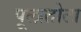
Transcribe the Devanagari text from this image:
पूलातोटा